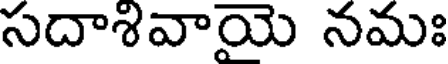
సదాశివాయె నమః